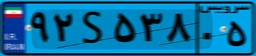
۹۲S۵۳۸۰۵